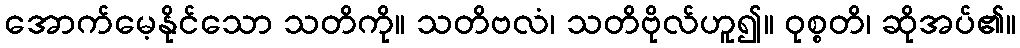
အောက်မေ့နိုင်သော သတိကို။ သတိဗလံ၊ သတိဗိုလ်ဟူ၍။ ဝုစ္စတိ၊ ဆိုအပ်၏။